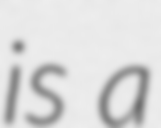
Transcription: is a